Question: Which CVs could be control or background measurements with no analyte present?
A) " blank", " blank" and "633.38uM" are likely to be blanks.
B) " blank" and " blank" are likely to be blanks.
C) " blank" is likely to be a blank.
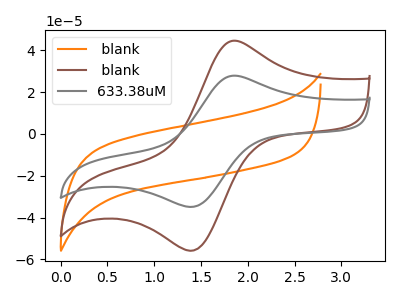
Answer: <think>The orange curve " blank" has no peaks. The brown curve " blank" has an anodic peak at (1.85V, 44.50uA) and a cathodic peak at (1.40V, -55.90uA). The gray curve "633.38uM" has an anodic peak at (1.85V, 27.80uA) and a cathodic peak at (1.40V, -34.95uA).</think>
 <answer>C) " blank" is likely to be a blank.</answer>
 <eval>C</eval>